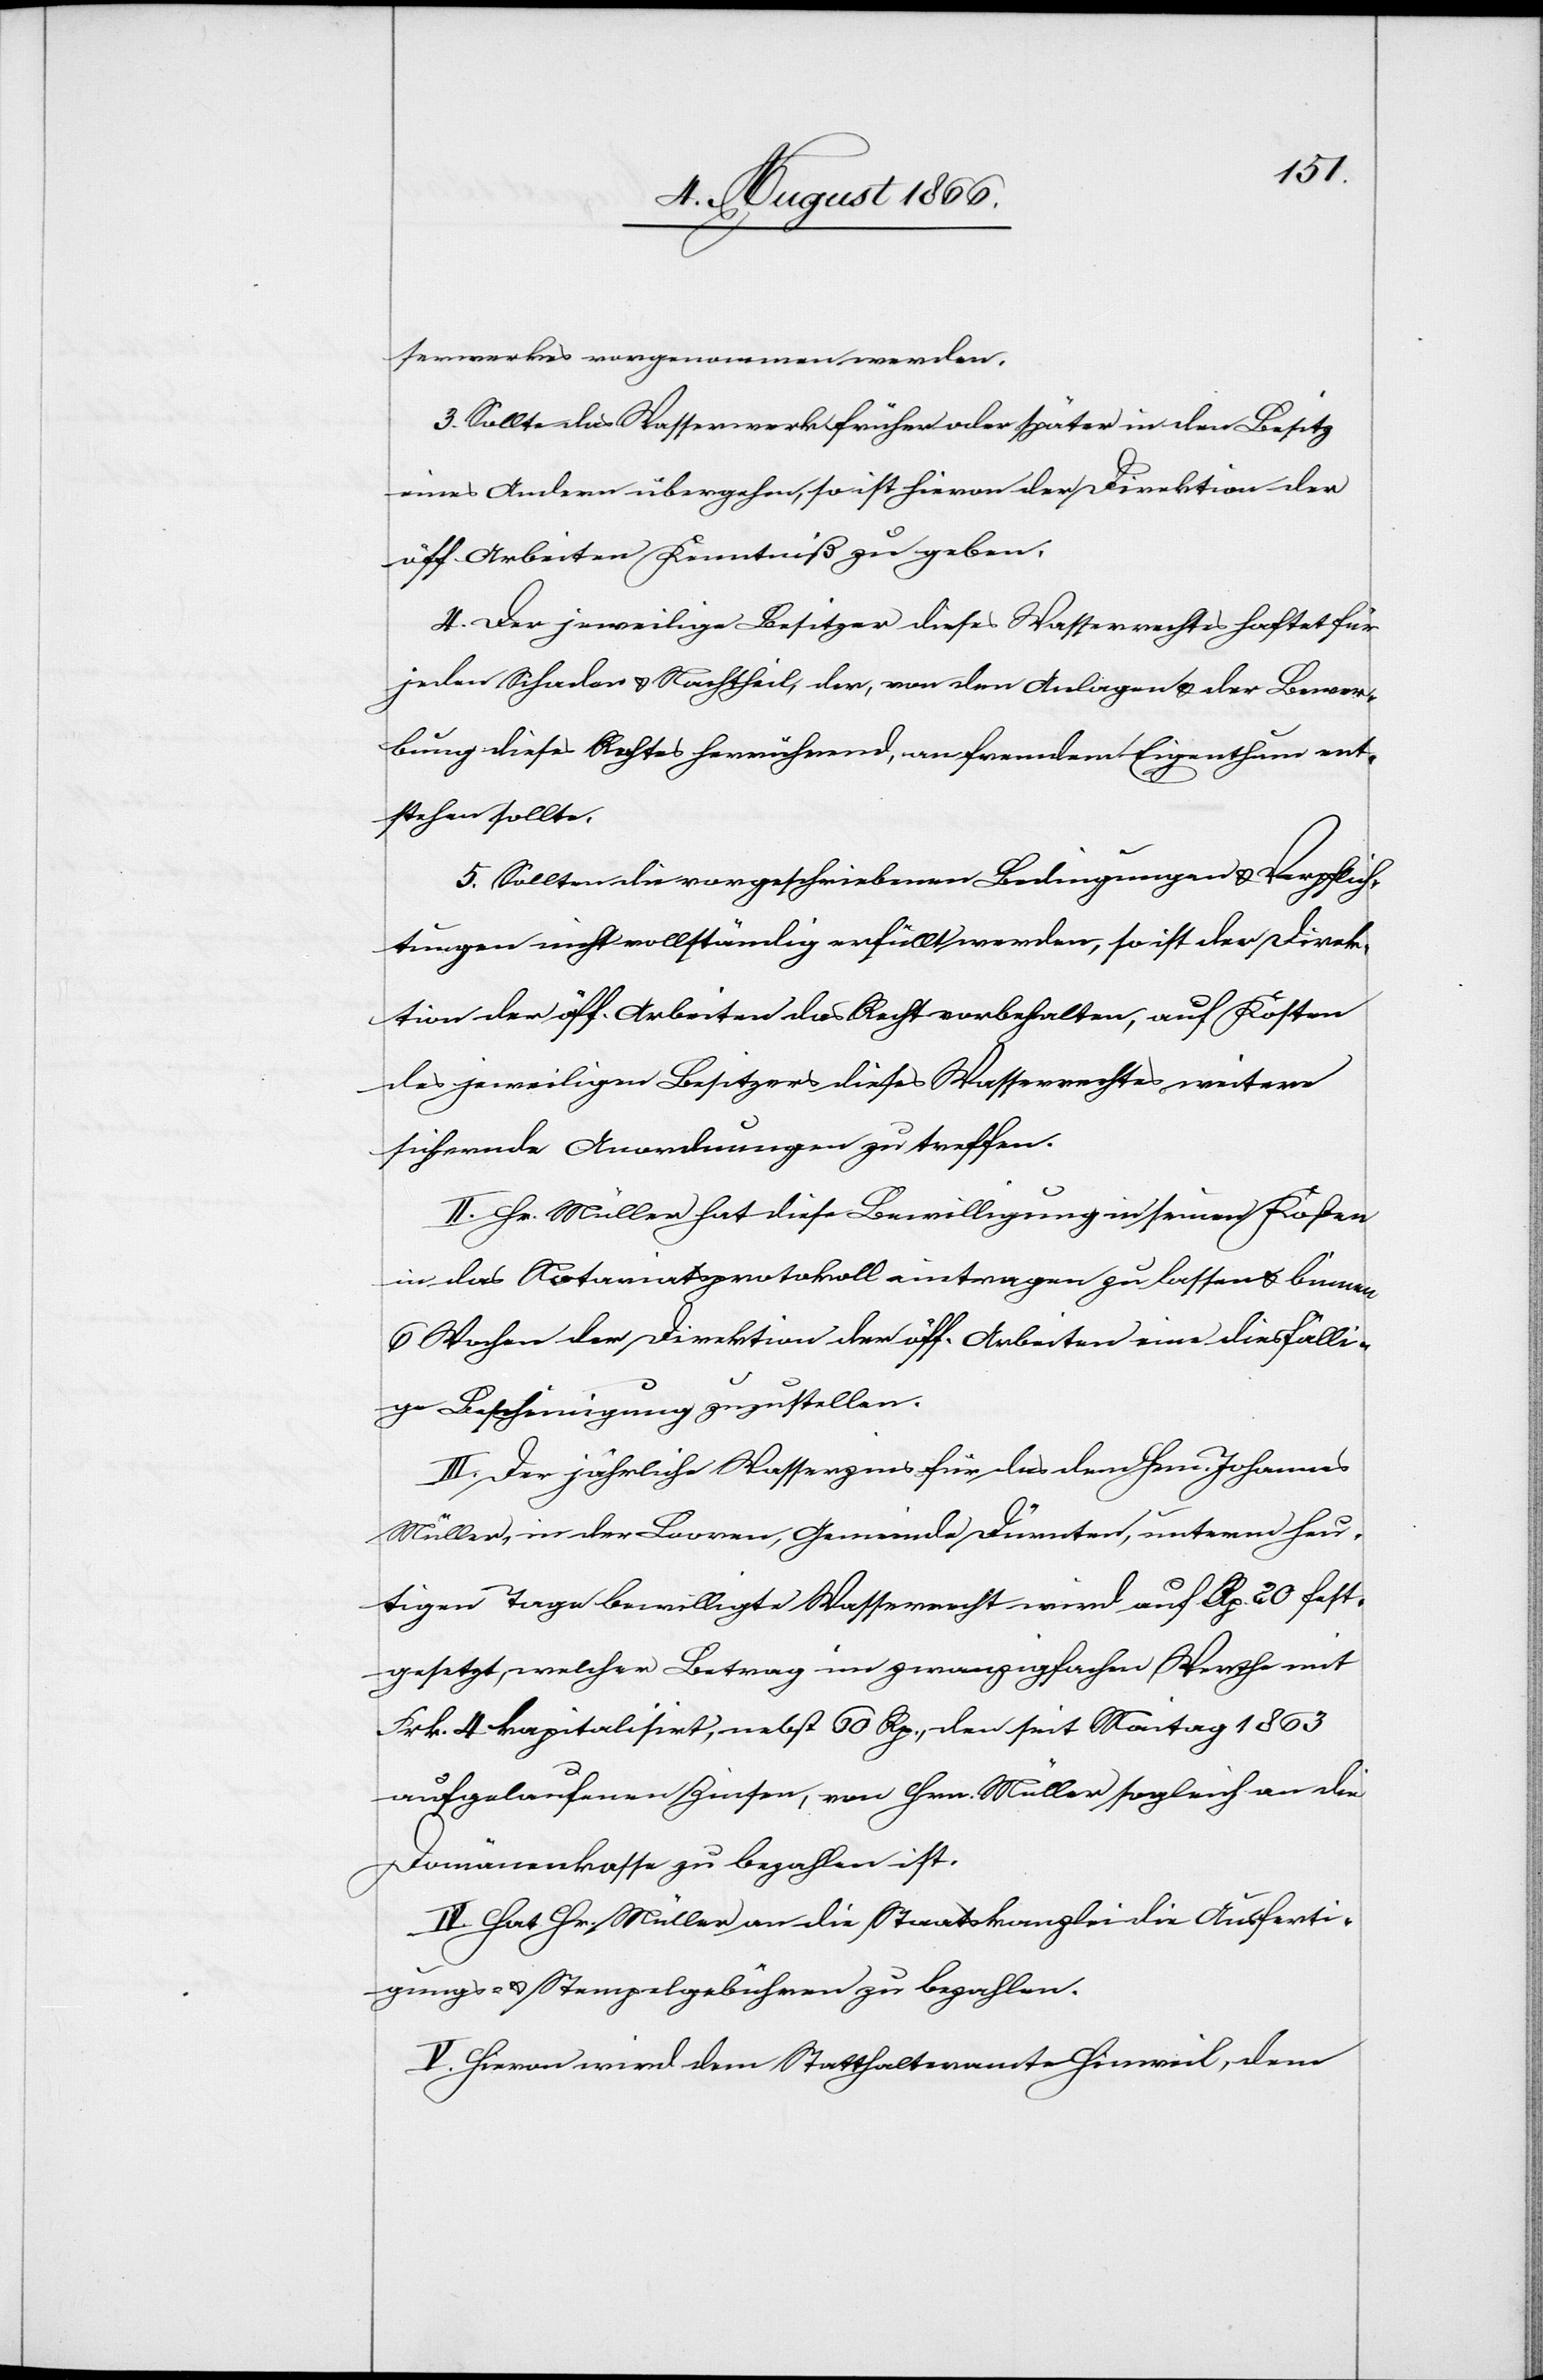
serwerkes vorgenommen werden.
3. Sollte das Wasserwerk früher oder später in den Besitz
eines Andern übergehen, so ist hievon der Direktion der
öff. Arbeiten Kenntniß zu geben.
4. Der jeweilige Besitzer dieses Wasserrechtes haftet für
jeden Schaden u. Nachtheil, der, von den Anlagen u. der Bewer¬
bung dieses Rechtes herrührend, an fremdem Eigenthum ent¬
stehen sollte.
5. Sollten die vorgeschriebenen Bedingungen u. Verpflich¬
tungen nicht vollständig erfüllt werden, so ist der Direk¬
tion der öff. Arbeiten das Recht vorbehalten, auf Kosten
des jeweiligen Besitzers dieses Wasserrechtes weitere
sichernde Anordnungen zu treffen.
II. Hr. Müller hat diese Bewilligung in seinen Kosten
in das Notariatsprotokoll eintragen zu lassen u. binnen
6 Wochen der Direktion der öff. Arbeiten eine diesfälli¬
ge Bescheinigung zuzustellen.
III. Der jährliche Wasserzins für das dem Hrn. Johannes
Müller, in der Looren, Gemeinde Dürnten, unterm heu¬
tigen Tage bewilligte Wasserrecht wird auf Rp. 20 fest¬
gesetzt, welcher Betrag im zwanzigfachen Werthe mit
Frk. 4 kapitalisirt, nebst 60 Rp., den seit Maitag 1863
aufgelaufenen Zinsen, von Hrn. Müller sogleich an die
Domänenkasse zu bezahlen ist.
IV. Hat Hr. Müller an die Staatskanzlei die Ausferti¬
gungs- u. Stempelgebühren zu bezahlen.
V. Hievon wird dem Statthalteramte Hinweil, dem